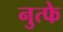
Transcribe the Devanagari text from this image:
नुत्फे